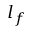
l _ { f }